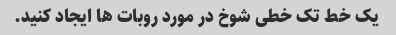
یک خط تک خطی شوخ در مورد روبات ها ایجاد کنید.